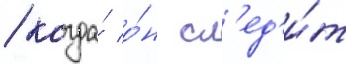
/ когда́ о́н сл'ед'и́т